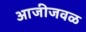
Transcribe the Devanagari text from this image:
आजीजवळ